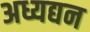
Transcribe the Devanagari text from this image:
अध्यद्यन